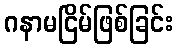
ဂနာမငြိမ်ဖြစ်ခြင်း